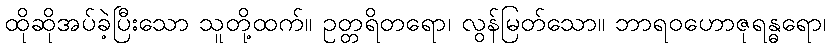
ထိုဆိုအပ်ခဲ့ပြီးသော သူတို့ထက်။ ဥတ္တရိတရော၊ လွန်မြတ်သော။ ဘာရဝဟောဇုရန္ဓရော၊